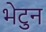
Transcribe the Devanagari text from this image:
भेटुन